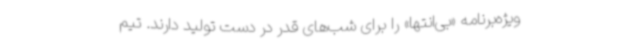
ویژه‌برنامه «بی‌انتها» را برای شب‌های قدر در دست تولید دارند. تیم